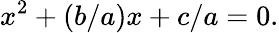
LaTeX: x^{2}+(b/a)x+c/a=0.